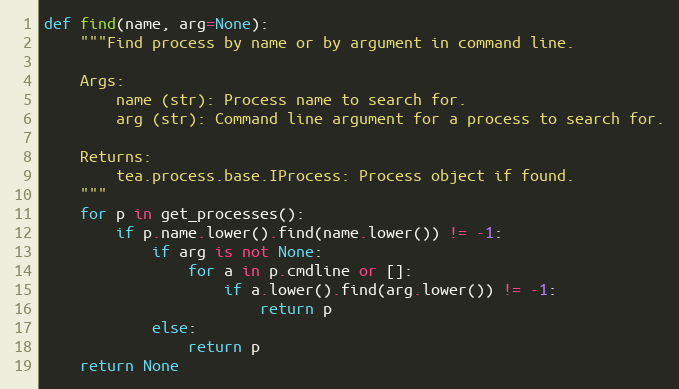
Language: Python
def find(name, arg=None):
    """Find process by name or by argument in command line.

    Args:
        name (str): Process name to search for.
        arg (str): Command line argument for a process to search for.

    Returns:
        tea.process.base.IProcess: Process object if found.
    """
    for p in get_processes():
        if p.name.lower().find(name.lower()) != -1:
            if arg is not None:
                for a in p.cmdline or []:
                    if a.lower().find(arg.lower()) != -1:
                        return p
            else:
                return p
    return None